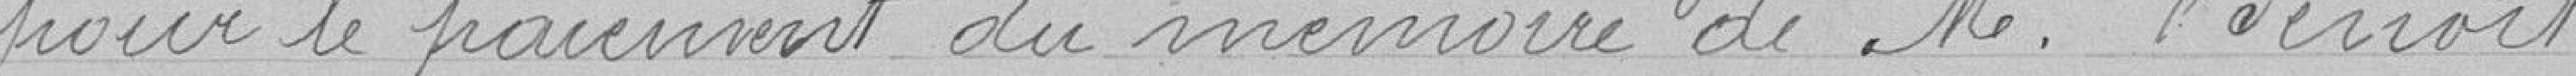
pour le paiement du mémoire de Monsieur Benoit.